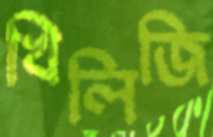
খিলিজি